Elephants and their diseases
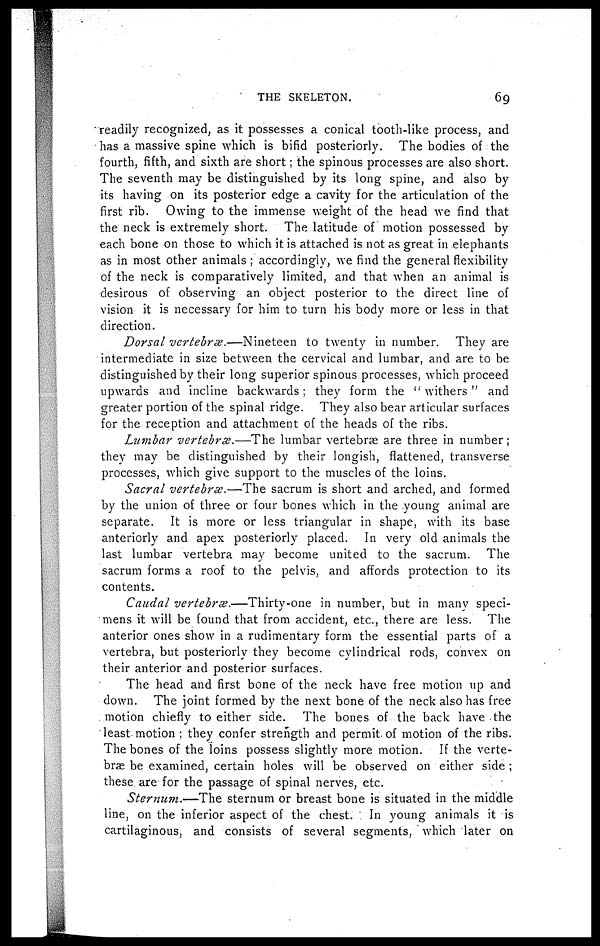
THE SKELETON.
69
readily recognized, as it possesses a conical tooth-like process, and
has a massive spine which is bifid posteriorly. The bodies of the
fourth, fifth, and sixth are short; the spinous processes are also short.
The seventh may be distinguished by its long spine, and also by
its having on its posterior edge a cavity for the articulation of the
first rib. Owing to the immense weight of the head we find that
the neck is extremely short. The latitude of motion possessed by
each bone on those to which it is attached is not as great in elephants
as in most other animals ; accordingly, we find the general flexibility
of the neck is comparatively limited, and that when an animal is
desirous of observing an object posterior to the direct line of
vision it is necessary for him to turn his body more or less in that
direction.
Dorsal vertebrae.—Nineteen
to twenty in number. They are
intermediate in size between the cervical and lumbar, and are to be
distinguished by their long superior spinous processes, which proceed
upwards and incline backwards ; they form the " withers " and
greater portion of the spinal ridge. They also bear articular surfaces
for the reception and attachment of the heads of the ribs.
Lumbar -vertebrae.—The lumbar vertebræ are three in number;
they may be distinguished by their longish, flattened, transverse
processes, which give support to the muscles of the loins.
Sacral vertebrae.—The sacrum is short and arched, and formed
by the union of three or four bones which in the young animal are
separate. It is more or less triangular in shape, with its base
anteriorly and apex posteriorly placed. In very old animals the
last lumbar vertebra may become united to the sacrum. The
sacrum forms a roof to the pelvis, and affords protection to its
contents.
Caudal vertebrae.—Thirty-one
in number, but in many speci¬
mens it will be found that from accident, etc., there are less. The
anterior ones show in a rudimentary form the essential parts of a
vertebra, but posteriorly they become cylindrical rods, convex on
their anterior and posterior surfaces.
The head and first bone of the neck have free motion up and
down. The joint formed by the next bone of the neck also has free
motion chiefly to either side. The bones of the back have the
least motion ; they confer strength and permit, of motion of the ribs.
The bones of the loins possess slightly more motion. If the verte¬
brae be examined, certain holes will be observed on either side;
these are for the passage of spinal nerves, etc.
Sternum.—The
sternum or breast bone is situated in the middle
line, on the inferior aspect of the chest. In young animals it is
cartilaginous, and consists of several segments, which later on